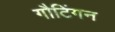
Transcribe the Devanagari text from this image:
गौटिंगन